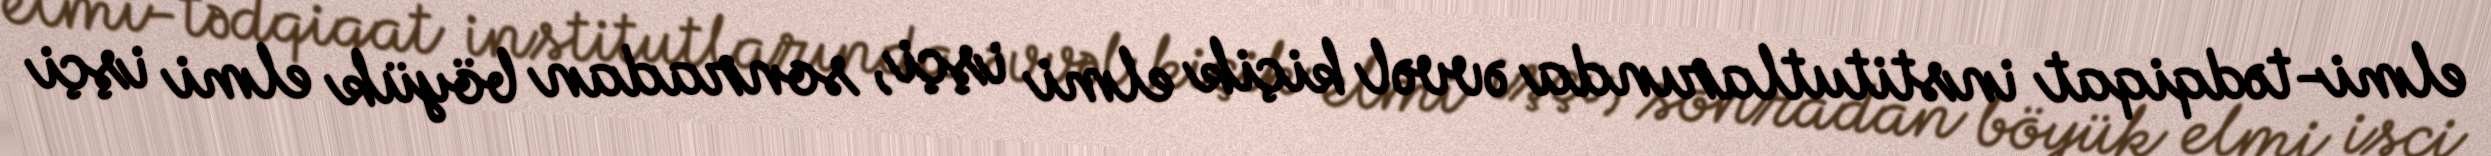
elmi-tədqiqat institutlarında əvvəl kiçik elmi işçi, sonradan böyük elmi işçi